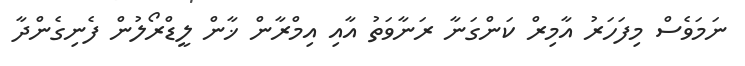
ނަމަވެސް މިފަހަރު އާމިރް ކަންގަނާ ރަނާވަތު އާއި އިމްރާން ޚާން ލީޑްރޯލުން ފެނިގެންދާ